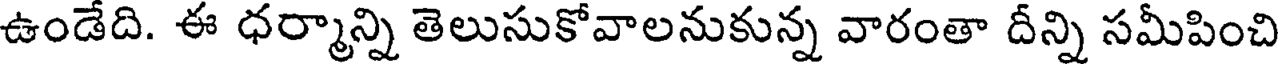
ఉండేది. ఈ ధర్మాన్ని తెలుసుకోవాలనుకున్న వారంతా దీన్ని సమీపించి